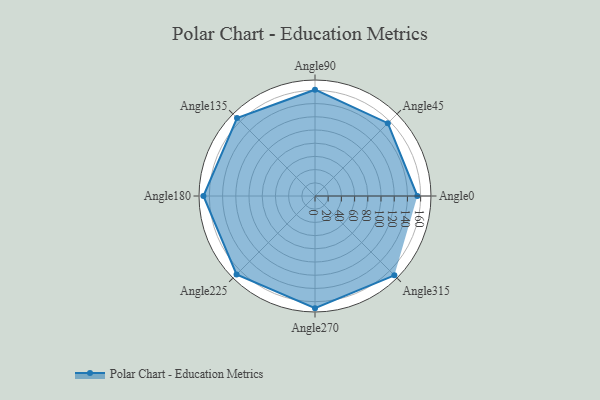
{"axis": {"x": "Angle", "y": "Radius"}, "legend": [""], "data": [{"x": "Angle0", "y": 155.0, "type": ""}, {"x": "Angle45", "y": 156.0, "type": ""}, {"x": "Angle90", "y": 161.0, "type": ""}, {"x": "Angle135", "y": 167.0, "type": ""}, {"x": "Angle180", "y": 169.0, "type": ""}, {"x": "Angle225", "y": 168.0, "type": ""}, {"x": "Angle270", "y": 170, "type": ""}, {"x": "Angle315", "y": 170, "type": ""}]}